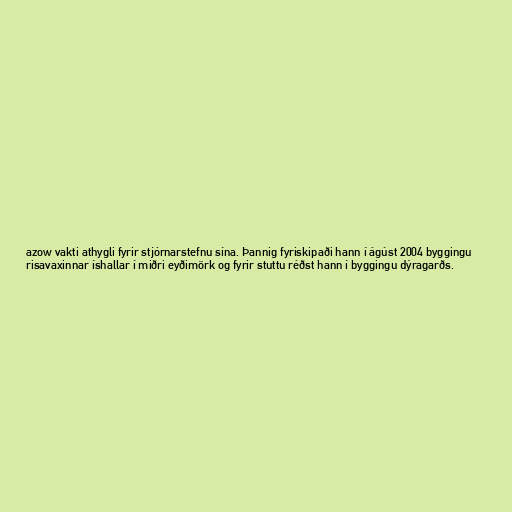
azow vakti athygli fyrir stjórnarstefnu sína. Þannig fyriskipaði hann í ágúst 2004 byggingu
risavaxinnar íshallar í miðri eyðimörk og fyrir stuttu réðst hann í byggingu dýragarðs.